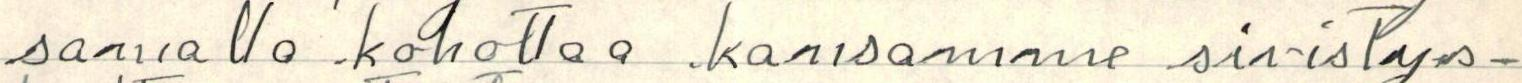
samalla kohottaa kansamme sivistys-